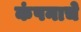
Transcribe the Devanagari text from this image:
कंपनाचे